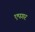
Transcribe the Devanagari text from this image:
एपगर